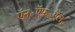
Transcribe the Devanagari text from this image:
ऍन॰ऍफ़॰ऍल॰